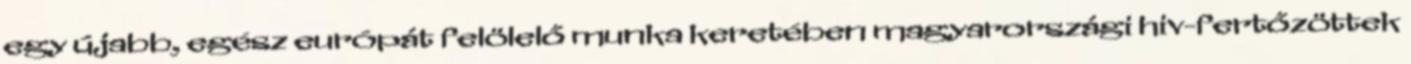
egy újabb, egész európát felölelő munka keretében magyarországi hiv-fertőzöttek